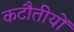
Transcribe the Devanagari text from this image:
कटौतीयों